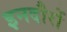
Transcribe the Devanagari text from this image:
इनदौरों